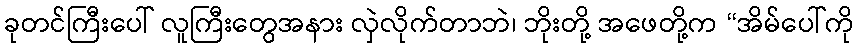
ခုတင်ကြီးပေါ် လူကြီးတွေအနား လှဲလိုက်တာဘဲ၊ ဘိုးတို့ အဖေတို့က “အိမ်ပေါ်ကို